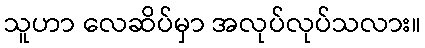
သူဟာ လေဆိပ်မှာ အလုပ်လုပ်သလား။